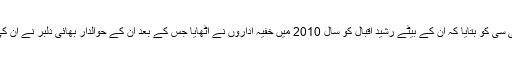
سکینہ بی بی نے بی بی سی کو بتایا کہ ان کے بیٹے رشید اقبال کو سال 2010 میں خفیہ اداروں نے اٹھایا جس کے بعد ان کے حوالدار بھائی دلبر نے ان کی تلاش شروع کر دی ۔